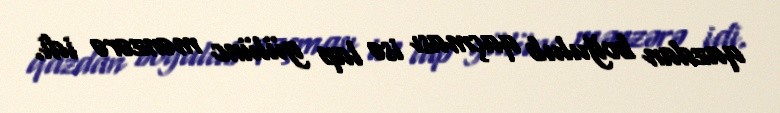
qazdan boğulub qaçması isə lap gülünc mənzərə idi.